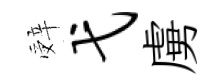
辤弋虜